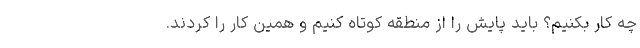
چه کار بکنیم؟ باید پایش را از منطقه کوتاه کنیم و همین کار را کردند.